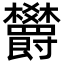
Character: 欝